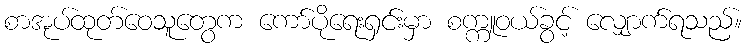
စာအုပ်ထုတ်ဝေသူတွေက ကော်ပိုရေးရှင်းမှာ စက္ကူဝယ်ခွင့် လျှောက်ရသည်။